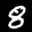
Label: 8